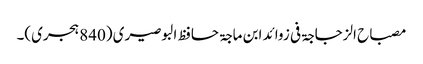
مصباح الزجاجۃ فی زوائد ابن ماجۃ حافظ البوصیری (840 ہجری)۔